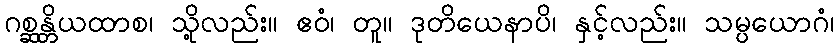
ဂစ္ဆန္တိယထာစ၊ သို့လည်း။ ဧဝံ၊ တူ။ ဒုတိယေနာပိ၊ နှင့်လည်း။ သမ္ပယောဂံ၊